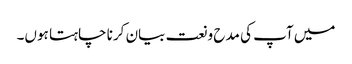
میں آپ کی مدح و نعت بیان کرنا چاہتا ہوں۔